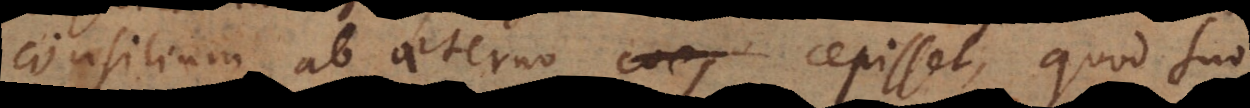
consilium ab aeterno cepisset, quod suo